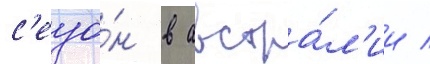
с'езо́н в австра́л'ии /